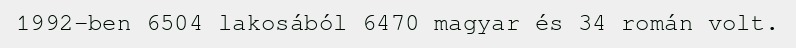
1992-ben 6504 lakosából 6470 magyar és 34 román volt.